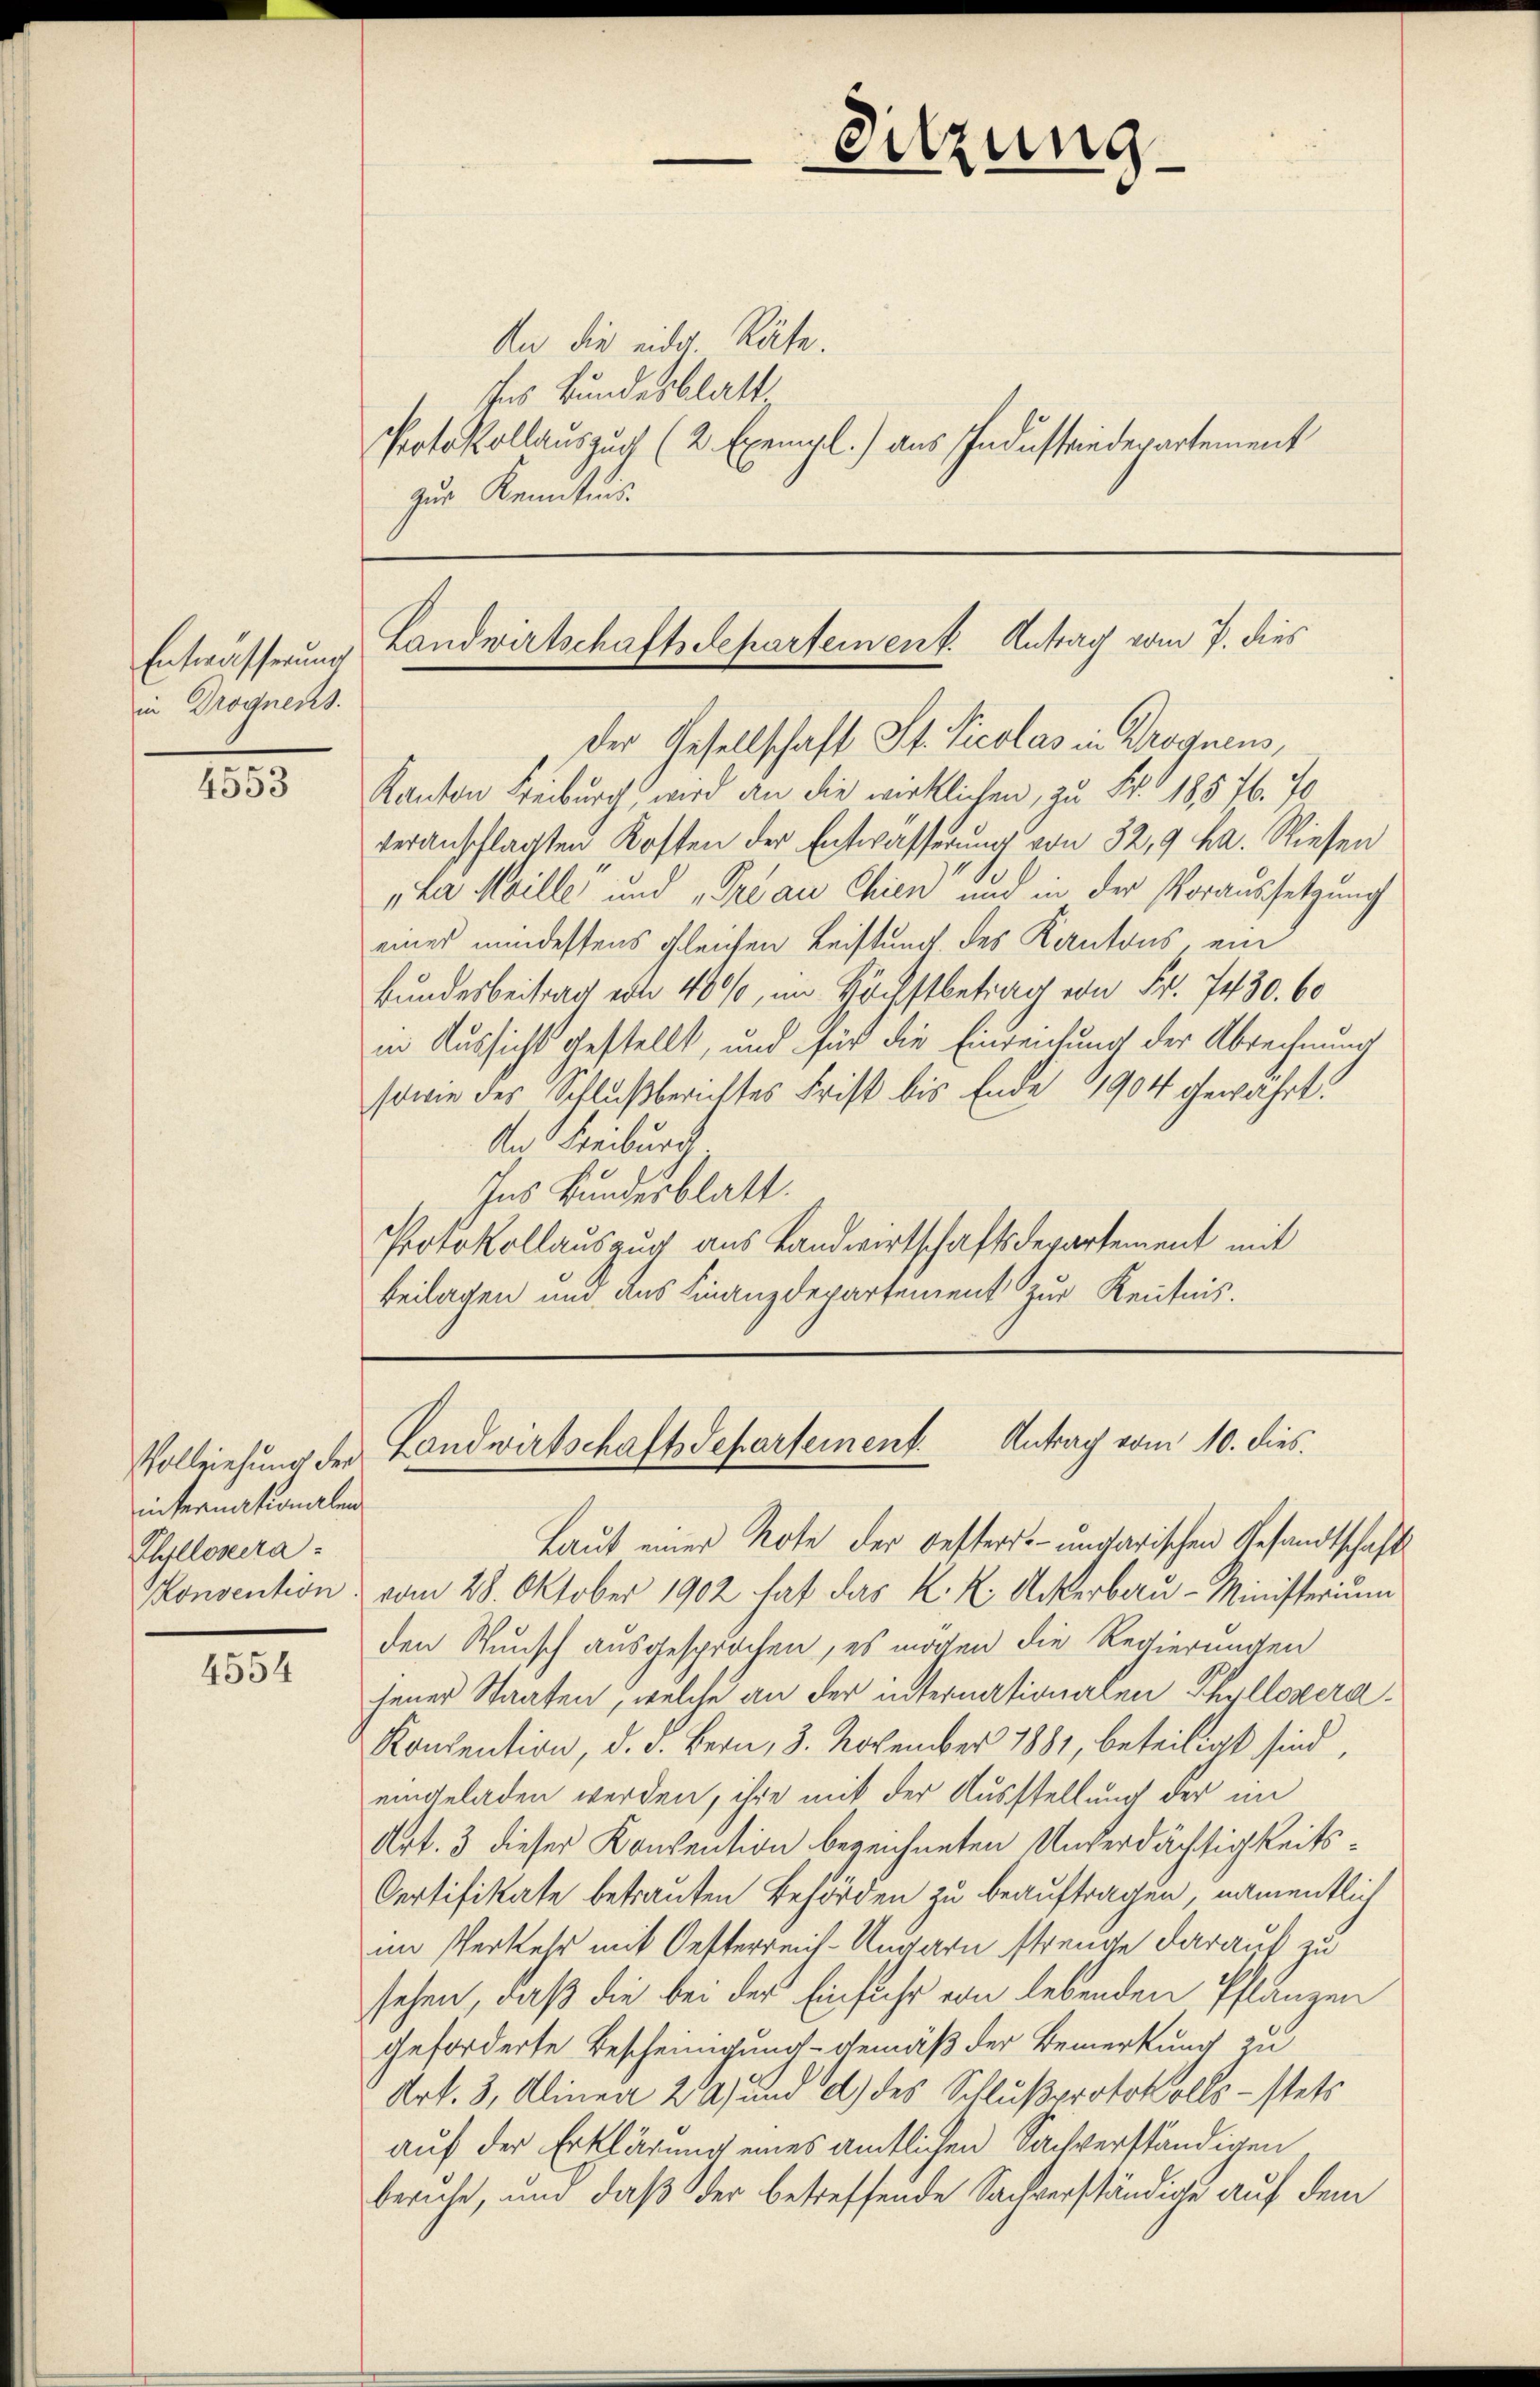
Entwässerung
in Drognens.

4553

invernationalen
Thllosera
Konvention

4554

Sitzung

Landwirtschaftsdepartement. Antrag vom 7. dies

An die eidg. Räte.
ches Bundesblatt
Protokollauszuch (2 Exempl.) aus Industriederartement
zur Kenntnis.

Der Gesellschaft St. Nicolas in Droguens,
Kanton Freiburg, wird an die wirklichen, zu Fr. 18576. 70
veranschlagten Kosten der Entwässerung von 32,9 ha. Wiesen
pkar Meille und „Pré au Chien und in der Voraussetzung
eines mindestens gleichen Leistung des Kantons ein
Bundesbeitrag ein 40%, im Höchstbetrag von Fr. 7430. 60
in Aussicht gestellt, und für die Einreichung der Abrechnung
sowie des Schlußberichtes Frist bis Ende 1904 gewährt.
An Freiburg
Ins Bundesblatt.
Protokollauszug aus Landwirtschaftsdepartement mit
Beilagen und das Finanzdepartement zur Kenntnis.

Vollziehung der Landwirtschaftsdepartement. Antrag vom 10. dies

Laut einer Note der Oesters-ungarischen Gesandtschafts
vom 28. Oktober 1902 hat das K. K. Ackerbau - Ministerium
den Wunsch ausgesprochen, es mögen die Regierungen
jener Staaten, welche an der internationalen Phyllovera
Konvention, d. d. Bern, 3. November 1881, beteiligt sind,
eingeladen werden, ihre mit der Ausstellung der im
Art. 3 dieser Konsention bezeichneten Unterdächtigkeits¬
Oertifikate betrauten Behörden zu beauftragen, namentlich
im Verkehr mit Oesterreich-Ungarn strenge darauf zu
sehen, daß die bei der Einfuhr von lebenden Pflanzen
geforderte Bescheinigung gemäß der Bemerkung zu
Art. 3, Alinea 24) und d) des Schlußprotokolls stets
auf der Erklärung eines amtlichen Sachverständigen
beruhe, und daß der betreffende Sachverständige auf dem